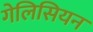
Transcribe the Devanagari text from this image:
गेलिसियन